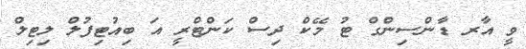
ވީ އާރ ޑާންސިންގް ޓު މޭކް ދިސް ކަންޓްރީ އަ ބިއުޓިފުލް ލިޓިލް